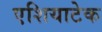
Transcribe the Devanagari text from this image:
एशियाटेक